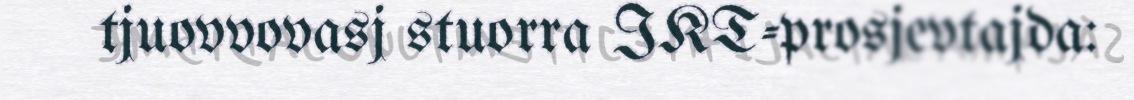
tjuovvovasj stuorra IKT-prosjevtajda: